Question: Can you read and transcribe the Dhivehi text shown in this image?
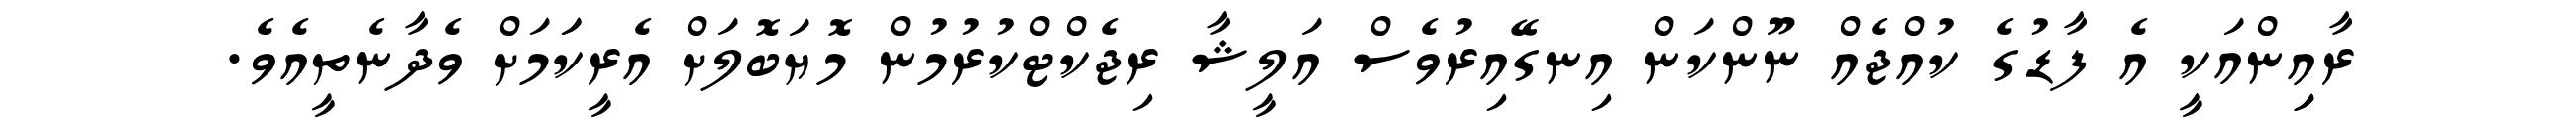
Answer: ރާއިިންއަކީ އެ ފާޑުގެ ކުއްޖެއް ނޫންކަން އިނގޭއިރުވެސް އަލީޝާ ރިޖެކްޓްކުރުމުން މޮޔަބޮލަށް އެރީކަަމަށް ވެދާނެތީއެވެ.